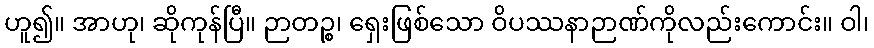
ဟူ၍။ အာဟု၊ ဆိုကုန်ပြီ။ ဉာတဉ္စ၊ ရှေးဖြစ်သော ဝိပဿနာဉာဏ်ကိုလည်းကောင်း။ ဝါ၊